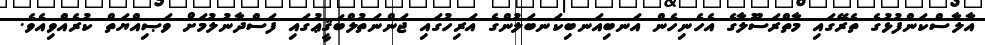
އާލާސްކަންފުޅުގެ ތެރޭގައި މާތްރަސޫލާގެ އެހެނިހެން އަނބިއަނބިކަނބަލުންގެ އަރިހުގައި ޖަންނަތުލްބަޤީޢުގައި ފަސްދާނުލުމަށް ވަޞިއްޔަތް ކުރެއްވިއެވެ.